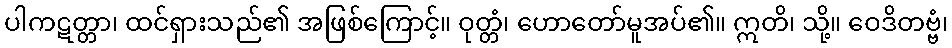
ပါကဋတ္တာ၊ ထင်ရှားသည်၏ အဖြစ်ကြောင့်။ ဝုတ္တံ၊ ဟောတော်မူအပ်၏။ ဣတိ၊ သို့။ ဝေဒိတဗ္ဗံ၊